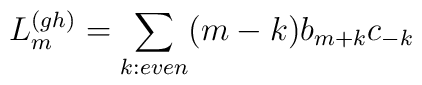
L_{m}^{(gh)}=\sum_{k:even}(m-k)b_{m+k}c_{-k}